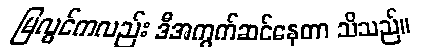
မြလွင်ကလည်း ဒီအကွက်ဆင်နေတာ သိသည်။